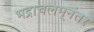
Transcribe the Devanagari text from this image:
भद्राचलम्‌नंतर